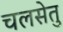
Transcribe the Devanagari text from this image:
चलसेतु